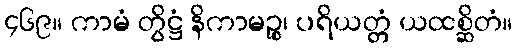
၄၆၉။ ကာမံ တွိဋ္ဌံ နိကာမဉ္စ၊ ပရိယတ္တံ ယထစ္ဆိတံ။